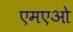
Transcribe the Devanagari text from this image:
एमएओ